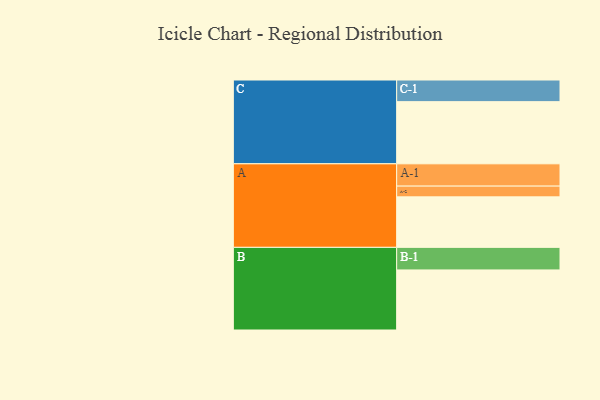
{"axis": {"x": "Segment", "y": "Value"}, "legend": ["", "A", "B", "C"], "data": [{"x": "A", "y": 385, "type": ""}, {"x": "B", "y": 458, "type": ""}, {"x": "C", "y": 474, "type": ""}, {"x": "A-1", "y": 170, "type": "A"}, {"x": "A-2", "y": 82, "type": "A"}, {"x": "B-1", "y": 172, "type": "B"}, {"x": "C-1", "y": 165, "type": "C"}]}